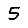
Digit: 5